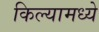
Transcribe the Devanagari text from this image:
किल्यामध्ये